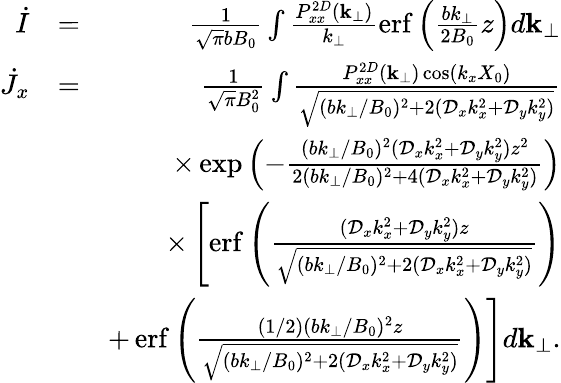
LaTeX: \begin{array}{rlr}{\dot{I}}&{=}&{\frac{1}{\sqrt{\pi}bB_{0}}\int\frac{P_{xx}^{2D}({\mathbf k}_{\perp})}{k_{\perp}}\mathrm{erf}\left(\frac{bk_{\perp}}{2B_{0}}z\right)d{\mathbf k}_{\perp}}\\ {\dot{J}_{x}}&{=}&{\frac{1}{\sqrt{\pi}B_{0}^{2}}\int\frac{P_{xx}^{2D}({\mathbf k}_{\perp})\cos(k_{x}X_{0})}{\sqrt{(bk_{\perp}/B_{0})^{2}+2(\mathcal{D}_{x}k_{x}^{2}+\mathcal{D}_{y}k_{y}^{2})}}}\\ &{}&{\times\exp\left(-\frac{(bk_{\perp}/B_{0})^{2}(\mathcal{D}_{x}k_{x}^{2}+\mathcal{D}_{y}k_{y}^{2})z^{2}}{2(bk_{\perp}/B_{0})^{2}+4(\mathcal{D}_{x}k_{x}^{2}+\mathcal{D}_{y}k_{y}^{2})}\right)}\\ &{}&{\times\left[\mathrm{erf}\left(\frac{(\mathcal{D}_{x}k_{x}^{2}+\mathcal{D}_{y}k_{y}^{2})z}{\sqrt{(bk_{\perp}/B_{0})^{2}+2(\mathcal{D}_{x}k_{x}^{2}+\mathcal{D}_{y}k_{y}^{2})}}\right)\right.}\\ &{}&{+\left.\mathrm{erf}\left(\frac{(1/2)(bk_{\perp}/B_{0})^{2}z}{\sqrt{(bk_{\perp}/B_{0})^{2}+2(\mathcal{D}_{x}k_{x}^{2}+\mathcal{D}_{y}k_{y}^{2})}}\right)\right]d{\mathbf k}_{\perp}.}\end{array}